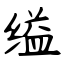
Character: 缢